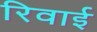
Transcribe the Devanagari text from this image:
रिवाई